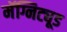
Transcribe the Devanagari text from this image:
मॅग्निट्यूड